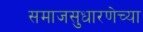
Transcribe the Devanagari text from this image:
समाजसुधारणेच्या